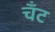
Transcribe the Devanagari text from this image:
चँट